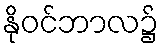
နိုဝင်ဘာလ၌